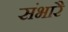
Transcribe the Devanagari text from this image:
संभारै